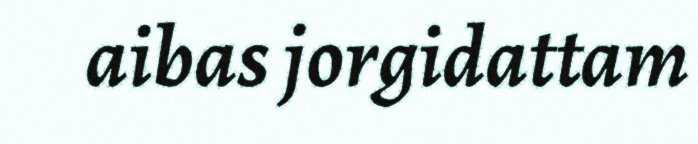
aibas jorgidattam